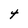
Character: t